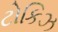
ટોકિઝ